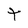
Character: t